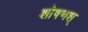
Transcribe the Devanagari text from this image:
शोषणश्